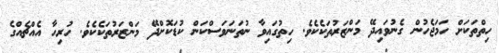
ހިތްތަކަށް ހަމަޖެހުން ގެނުވައިދޭ މަންޒަރުތަކެކެވެ. ހިތުގައިވާ ނުތަނަވަސްކަން ކުޑަކޮށްދޭ މަންޒަރުތަކެކެވެ. ހުރިހާ އެއްޗެއްގެ